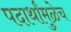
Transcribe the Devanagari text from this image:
पदार्थांमुळेच